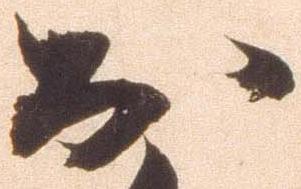
於